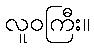
လူဝကြီး။